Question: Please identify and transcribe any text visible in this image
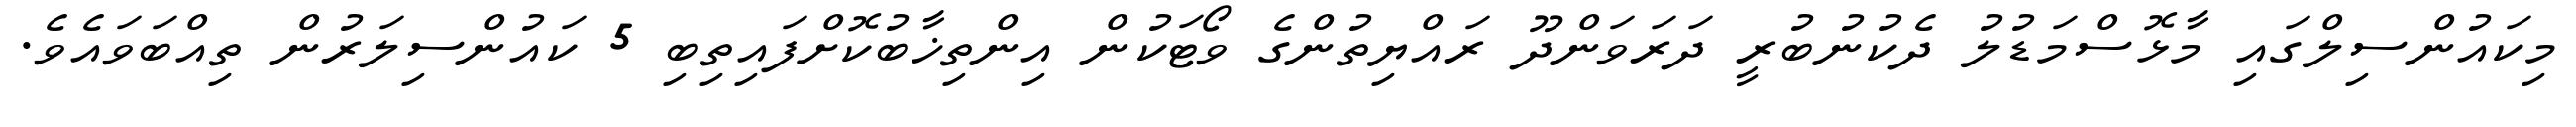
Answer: މިކައުންސިލްގައި މާޅޮސްމަޑުލު ދެކުނުބުރީ ދަރަވަންދޫ ރައްޔިތުންގެ ވޯޓަކުން އިންތިޚާބުކޮށްފައިތިބި 5 ކައުންސިލަރުން ތިއްބަވައެވެ.